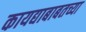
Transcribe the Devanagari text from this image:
कायद्याबाबतच्या